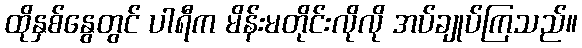
ထိုနှစ်နွေတွင် ပါရီက မိန်းမတိုင်းလိုလို အပ်ချုပ်ကြသည်။